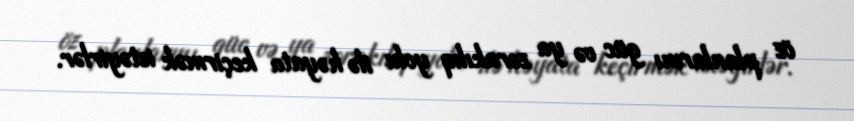
öz planlarını güc və ya zorakılıq yolu ilə həyata keçirmək istəyirlər.